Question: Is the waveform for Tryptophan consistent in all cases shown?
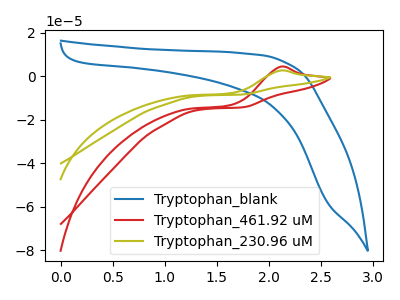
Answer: <think>The blue curve "Tryptophan_blank" has no peaks. The red curve "Tryptophan_461.92 uM" has an anodic peak at: (2.10V, 4.30uA). The olive curve "Tryptophan_230.96 uM" has an anodic peak at: (2.10V, 2.55uA).
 "Tryptophan_blank" and "Tryptophan_461.92 uM" have a different number of peaks. "Tryptophan_blank" and "Tryptophan_230.96 uM" have a different number of peaks. All the peaks in "Tryptophan_461.92 uM" have a peak in "Tryptophan_230.96 uM" at the same potential. Every peak in "Tryptophan_461.92 uM" is higher than every peak in "Tryptophan_230.96 uM".</think>
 <answer>All the CV's of "Tryptophan" have similar shape.</answer>
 <eval>follow_rule</eval>